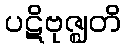
ပဋိဗုဇ္ဈတိ